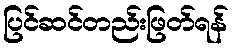
ပြင်ဆင်တည်းဖြတ်ရန်